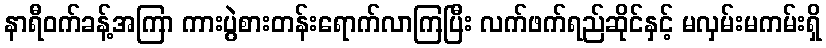
နာရီဝက်ခန့်အကြာ ကားပွဲစားတန်းရောက်လာကြပြီး လက်ဖက်ရည်ဆိုင်နှင့် မလှမ်းမကမ်းရှိ